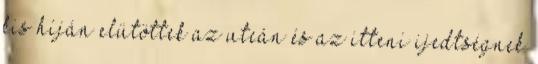
kis híján elütöttek az utcán és az itteni ijedtségnek